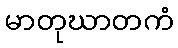
မာတုဃာတကံ